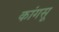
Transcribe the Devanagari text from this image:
कांगसू